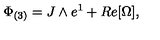
\Phi _ { ( 3 ) } = J \wedge e ^ { 1 } + R e [ \Omega ] ,